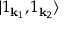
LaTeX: | 1 _ { \mathbf { k } _ { 1 } } , 1 _ { \mathbf { k } _ { 2 } } \rangle